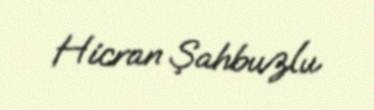
Hicran Şahbuzlu